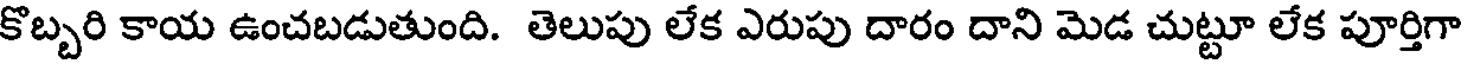
కొబ్బరి కాయ ఉంచబడుతుంది. తెలుపు లేక ఎరుపు దారం దాని మెడ చుట్టూ లేక పూర్తిగా